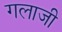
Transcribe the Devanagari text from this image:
गलाजी